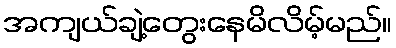
အကျယ်ချဲ့တွေးနေမိလိမ့်မည်။